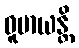
ဓူမာယန္တိ